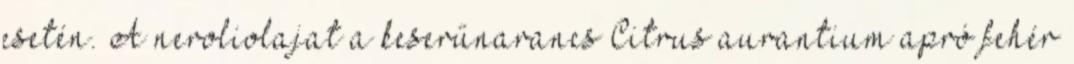
esetén. A neroliolajat a keserűnarancs Citrus aurantium apró fehér